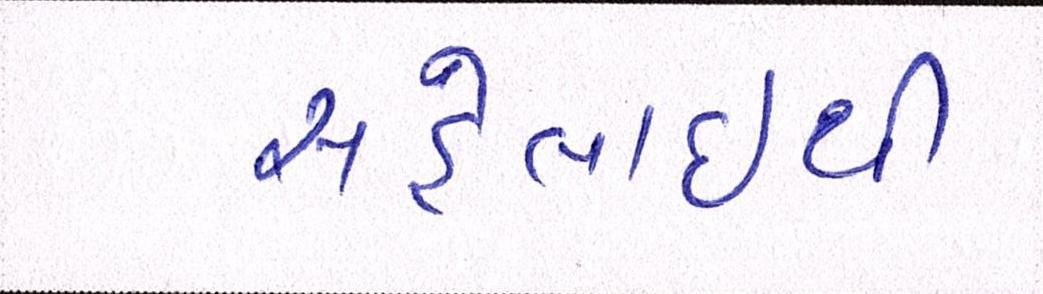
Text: સહેલાઇથી